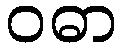
ဝဓာ